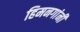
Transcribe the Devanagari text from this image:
हिमनगांनी